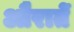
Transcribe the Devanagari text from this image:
औरातें